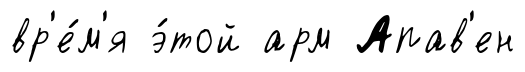
вр'е́м'я э́той арм Апав'ен